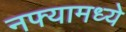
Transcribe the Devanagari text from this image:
नफ्यामध्ये